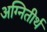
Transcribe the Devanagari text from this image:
अग्‍नितीर्थ